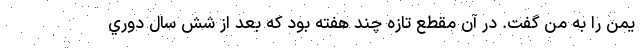
يمن را به من گفت. در آن مقطع تازه چند هفته بود كه بعد از شش سال دوري